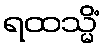
ရထသ္မိံ